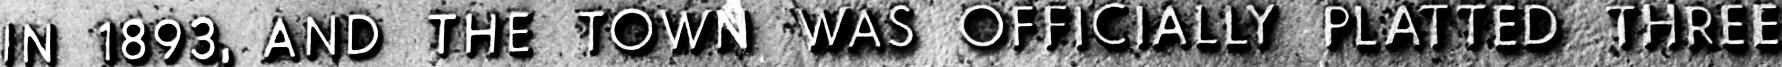
IN 1893, AND THE TOWN WAS OFFICIALLY PLATTED THREE